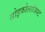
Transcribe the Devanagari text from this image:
सोइकोलाजिस्ट